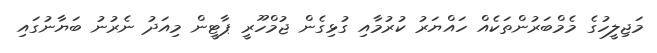
މަޖިލީހުގެ މެމްބަރުންތަކެއް ހައްޔަރު ކުރުމާއި ގުޅިގެން ޖުމްހޫރީ ޕާޓީން މިއަދު ނެރުނު ބަޔާނުގައި